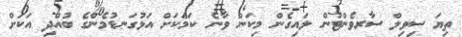
ތިޔަ ސިވިލް ސާރވެންޓުން ލައިގެން މިކަން ވާނެ ކަމަކަށް އަޅުގަނޑުމެންގެ ބުއްދި އަކަށް